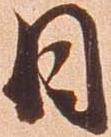
日